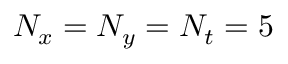
N _ { x } = N _ { y } = N _ { t } = 5